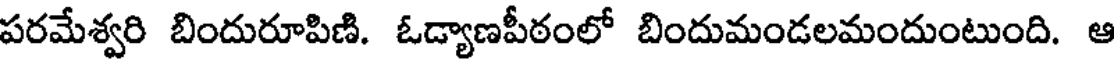
పరమేశ్వరి బిందురూపిణి. ఓడ్యాణపీఠంలో బిందుమండలమందుంటుంది. ఆ